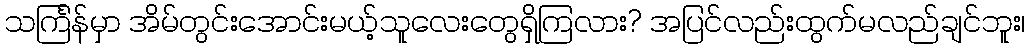
သင်္ကြန်မှာ အိမ်တွင်းအောင်းမယ့်သူလေးတွေရှိကြလား? အပြင်လည်းထွက်မလည်ချင်ဘူး၊